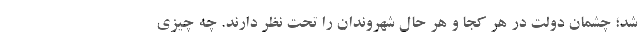
شد؛ چشمان دولت در هر کجا و هر حال شهروندان را تحت نظر دارند. چه چیزی